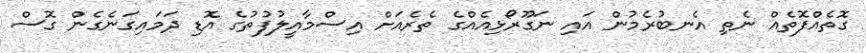
ގޮތެއްފޮތެއް ނެތި އެނބުރެމުން އައި ނަގޫރޯޅިއެއްގެ ތެރެއަށް އިސްމާއީލުފުތުގެ އޮޑި ދަމައިގަނެގެން ގޮސް